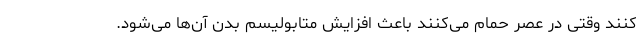
کنند وقتی در عصر حمام می‌کنند باعث افزایش متابولیسم بدن آن‌ها می‌شود.